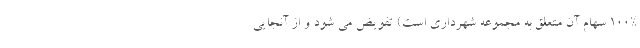
100% سهام آن متعلق به مجموعه شهرداري است) تفويض مي شود و از آنجايي